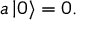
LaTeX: a \left| 0 \right\rangle = 0 .